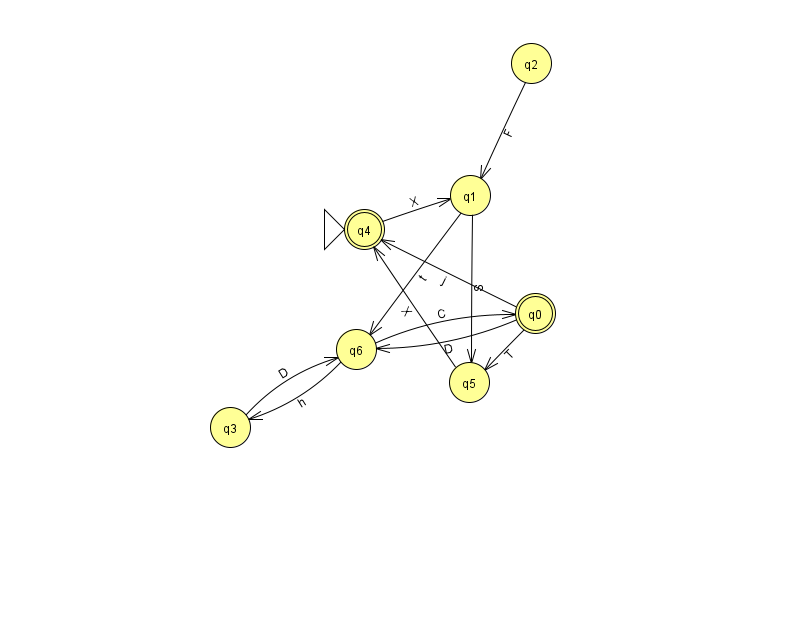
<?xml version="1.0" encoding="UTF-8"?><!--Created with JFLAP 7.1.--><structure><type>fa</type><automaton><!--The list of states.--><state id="0" name="q0"><x>535.0</x><y>300.0</y><final/></state><state id="1" name="q1"><x>470.0</x><y>182.0</y></state><state id="2" name="q2"><x>531.0</x><y>50.0</y></state><state id="3" name="q3"><x>230.0</x><y>414.0</y></state><state id="4" name="q4"><x>364.0</x><y>216.0</y><initial/><final/></state><state id="5" name="q5"><x>469.0</x><y>369.0</y></state><state id="6" name="q6"><x>356.0</x><y>336.0</y></state><!--The list of transitions.--><transition><from>0</from><to>4</to><read>j</read></transition><transition><from>1</from><to>5</to><read>S</read></transition><transition><from>1</from><to>6</to><read>t</read></transition><transition><from>3</from><to>6</to><read>D</read></transition><transition><from>0</from><to>6</to><read>D</read></transition><transition><from>5</from><to>4</to><read>X</read></transition><transition><from>6</from><to>3</to><read>h</read></transition><transition><from>0</from><to>5</to><read>T</read></transition><transition><from>4</from><to>1</to><read>X</read></transition><transition><from>6</from><to>0</to><read>C</read></transition><transition><from>2</from><to>1</to><read>F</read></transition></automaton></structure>